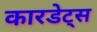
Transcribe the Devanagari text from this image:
कारडेट्स